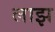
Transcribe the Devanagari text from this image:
लाझ